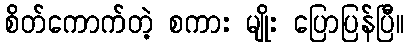
စိတ်ကောက်တဲ့ စကား မျိုး ပြောပြန်ပြီ။